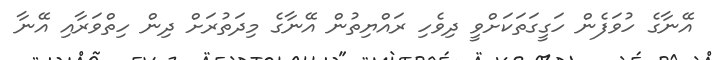
އޭނާގެ ހުވަފެން ހަގީގަތަކަށްވީ ދިވެހި ރައްޔިތުން އޭނާގެ މިދަތުރަށް ދިން ހިތްވަރާއި އޭނާ